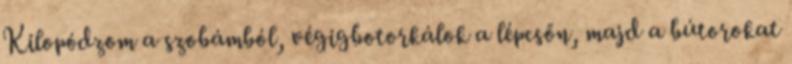
Kilopódzom a szobámból, végigbotorkálok a lépcsőn, majd a bútorokat